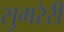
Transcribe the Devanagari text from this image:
सुमरेरी